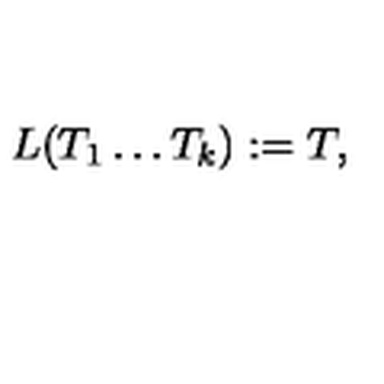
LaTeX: L ( T _ { 1 } \dots T _ { k } ) : = T ,